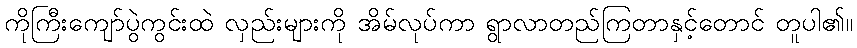
ကိုကြီးကျော်ပွဲကွင်းထဲ လှည်းများကို အိမ်လုပ်ကာ ရွာလာတည်ကြတာနှင့်တောင် တူပါ၏။